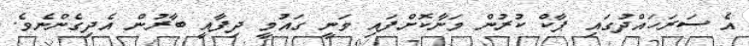
އެ ސަރަހައްދުގައި ޕާކް ކުރުން މަނާކޮށްފައި ވަނީ ގައުމީ ދިފާއީ ބާރުން އެދިގެންނެވެ.